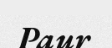
Paur